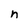
Character: n